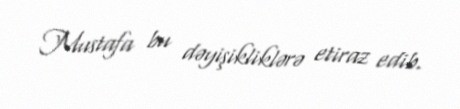
Mustafa bu dəyişikliklərə etiraz edib.